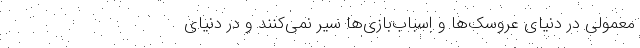
معمولی در دنیای عروسک‌ها و اسباب‌بازی‌ها سیر نمی‌کنند و در دنیای